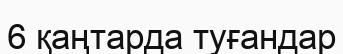
6 қаңтарда туғандар